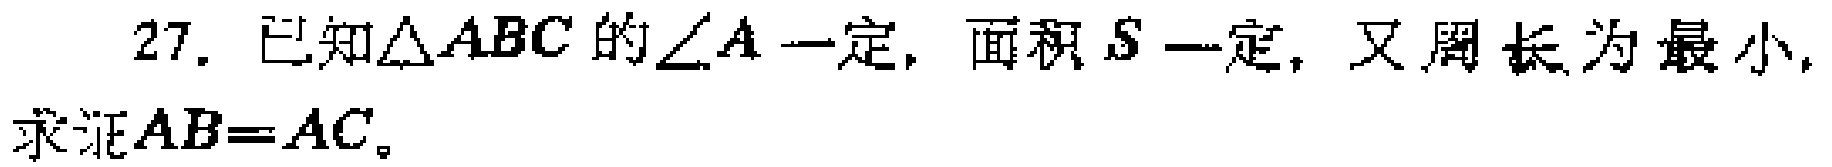
27. 已知\(\triangle ABC\)的\(\angle A\)一定，面积\(S\)一定，又周长为最小，求证\(AB = AC\)。